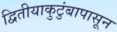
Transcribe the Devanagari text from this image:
द्वितीयाकुटुंबापासून